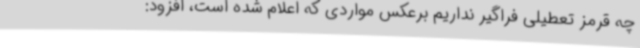
چه قرمز تعطیلی فراگیر نداریم برعکس مواردی که اعلام شده است، افزود: